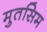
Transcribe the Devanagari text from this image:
मुतसिम